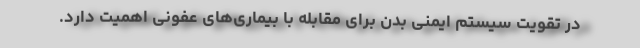
در تقویت سیستم ایمنی بدن برای مقابله با بیماری‌های عفونی اهمیت دارد.